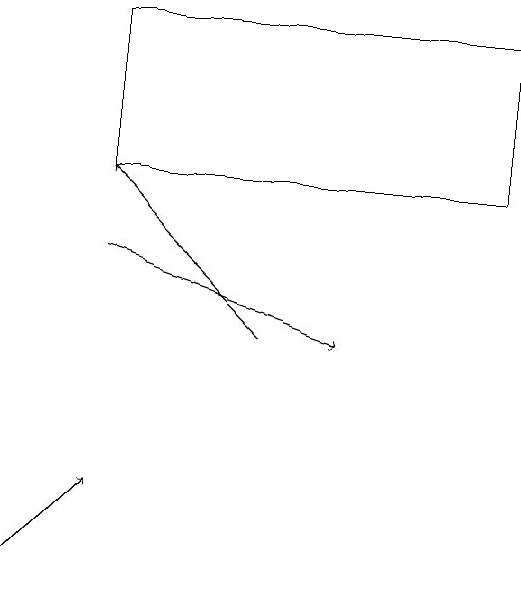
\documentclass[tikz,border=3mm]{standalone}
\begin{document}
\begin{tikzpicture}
\draw[->] (2,14) -- (5,13);
\draw[->] (1,10) -- (2,11);
\draw (7,17) rectangle (2,15);
\draw[->] (4,13) -- (2,15);
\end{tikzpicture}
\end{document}